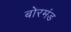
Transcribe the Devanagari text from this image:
बोरमंड